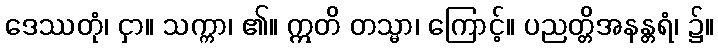
ဒေဿတုံ၊ ငှာ။ သက္ကာ၊ ၏။ ဣတိ တသ္မာ၊ ကြောင့်။ ပညတ္တိအနန္တရံ၊ ၌။